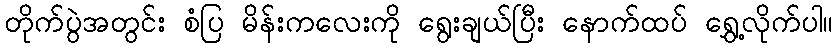
တိုက်ပွဲအတွင်း စံပြ မိန်းကလေးကို ရွေးချယ်ပြီး နောက်ထပ် ရွှေ့လိုက်ပါ။